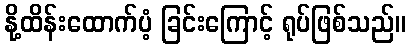
နို့ထိန်းထောက်ပံ့ ခြင်းကြောင့် ရုပ်ဖြစ်သည်။